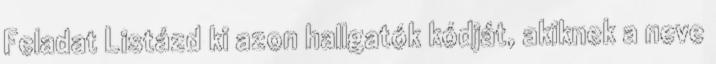
Feladat Listázd ki azon hallgatók kódját, akiknek a neve